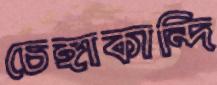
চেঙ্গাকান্দি